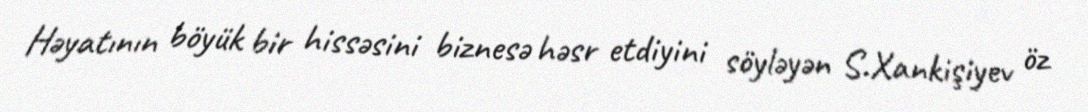
Həyatının böyük bir hissəsini biznesə həsr etdiyini söyləyən S.Xankişiyev öz